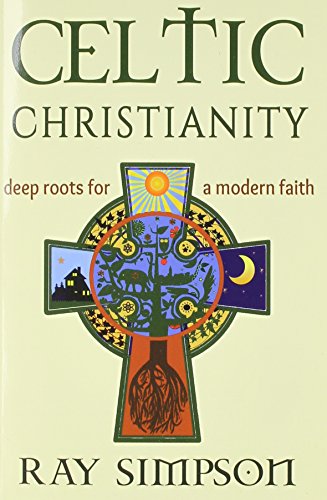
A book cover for Celtic Christianity: Deep Roots for a Modern Faith; Ray SImpson; Religion & Spirituality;